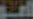
المو